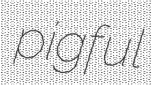
pigful